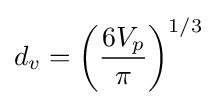
d_{v}=\left({\frac {6V_{p}}{\pi }}\right)^{1/3}